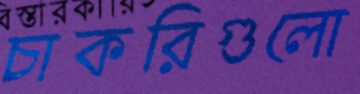
চাকরিগুলো